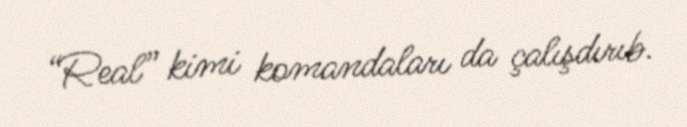
“Real” kimi komandaları da çalışdırıb.